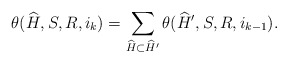
\begin{align*}\theta(\widehat{H},S,{R},i_k) = \sum_{\widehat{H} \subset \widehat{H}'} \theta(\widehat{H}',S,{R},i_{k - 1}).\end{align*}